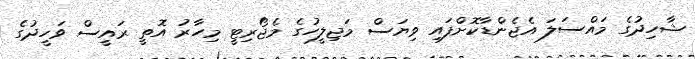
ޝާހިދުގެ މައްސަލަ އެޖެންޑާކޮށްފައި ވިޔަސް މަޖިލީހުގެ މެޖޯރިޓީ މިހާރު އޮތީ ރައީސް ވަހީދުގެ